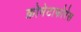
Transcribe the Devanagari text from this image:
क्रोमेटाफोरेस